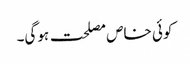
کوئی خاص مصلحت ہوگی۔